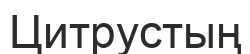
Цитрустың